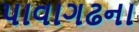
પાવાગઢના